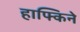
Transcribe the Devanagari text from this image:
हाफ्किने